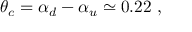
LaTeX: \theta _ { c } = \alpha _ { d } - \alpha _ { u } \simeq 0 . 2 2 ~ ,